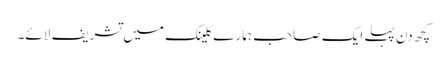
کچھ دن پہلے ایک صاحب ہمارے کلینک میں تشریف لائے۔